Investigations on Bengal jail dietaries - Number 37
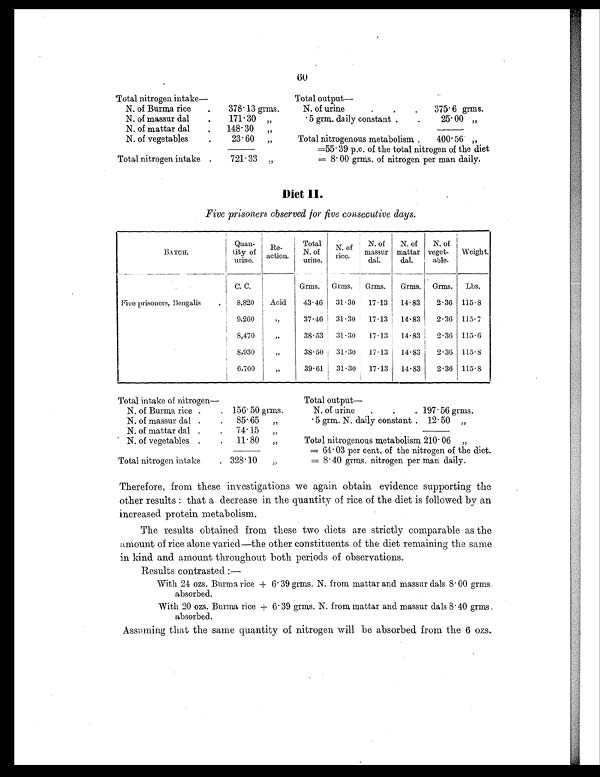
60
Total nitrogen intake—
Total output —
N. of Burma rice
.
378.13 grms.
N. of urine
.
.
.
375.6 grms.
N. of massur dal
.
171.30 „
.5 grm. daily constant .
.
25.00 „
N. of mattar dal
.
148.30 „
N. of vegetables
.
23.60 „
Total nitrogenous metabolism .
400.56 „
=55.39 p.c. of the total nitrogen of the diet
Total nitrogen intake .
721.33 „
= 8.00 grms. of nitrogen per man daily.
Diet II.
Five prisoners observed for five consecutive days.
BATCH.
Quan-
tity of
urine.
Re-
action.
Total
N. of
urine.
N. of
rice.
N. of
massur
dal.
N. of
mattar
dal.
N. of
veget-
able.
Weight.
C. C.
Grms. Grms. Grms. Grms.
Grms. Lbs.
Five prisoners, Bengalis
. 8,820
Acid
43.46 31.30 17.13 14.83
2.36 115.8
9,260
„
37.46 I 31.30 17.13 14.83
2.36 115.7
8,470
„
38.53 31.30 17.13 14.83
2.36 115.6
8,930
„
38.50 31.30 17.13 14.83
2.36 115.8
6,700
„
39.61 31.30 17.13 14.83
2.36 115.8
Total intake of nitrogen—
Total output —
N. of Burma rice .
. 156.50 grms.
N. of urine
.
.
. 197.56 grms.
N. of massur dal .
. 85.65 „
.5 grm. N. daily constant . 12.50 „
N. of mattar dal .
. 74.15 „
N. of vegetables .
. 11.80 „
Total nitrogenous metabolism 210.06 „
= 64.03 per cent. of the nitrogen of the diet.
Total nitrogen intake
. 328.10 „
= 8.40 grms. nitrogen per man daily.
Therefore, from these investigations we again obtain evidence supporting the
other results : that a decrease in the quantity of rice of the diet is followed by an
increased protein metabolism.
The results obtained from these two diets are strictly comparable as the
amount of rice alone varied—the other constituents of the diet remaining the same
in kind and amount throughout both periods of observations.
Results contrasted:—
With 24 ozs. Burma rice + 6.39 grms. N. from mattar and massur dals 8.00 grms.
absorbed.
With 20 ozs. Burma rice + 6.39 grms. N. from mattar and massur dals 8.40 grms.
absorbed.
Assuming that the same quantity of nitrogen will be absorbed from the 6 ozs.